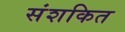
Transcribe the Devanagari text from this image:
संशकित